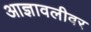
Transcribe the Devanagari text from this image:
आज्ञावलीवर